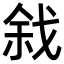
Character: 𢧅